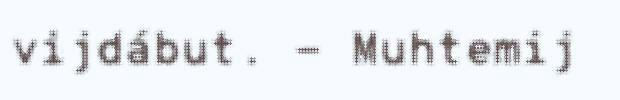
vijdábut. - Muhtemij